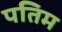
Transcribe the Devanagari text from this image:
पतिम